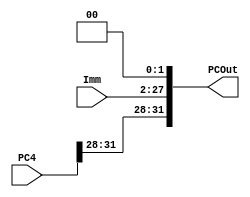
`timescale 1ns / 1ps
//////////////////////////////////////////////////////////////////////////////////
// Company: 
// Engineer: 
// 
// Design Name: 
// Module Name: PCAddImm
// Project Name: 
// Target Devices: 
// Tool Versions: 
// Description: 
// 
// Dependencies: 
// 
// Revision:
// Revision 0.01 - File Created
// Additional Comments:
// 
//////////////////////////////////////////////////////////////////////////////////

 
module PCAddImm(PC4,Imm,PCOut);
    input [31:0] PC4;
    input [25:0] Imm;
    output [31:0] PCOut;
    
    assign PCOut = {PC4[31:28],Imm[25:0],2'b00};
    
endmodule